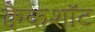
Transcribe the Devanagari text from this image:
क्वैकशॉट